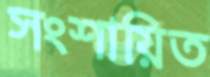
সংশায়িত